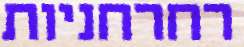
רחרחניות